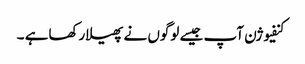
کنفیوژن آپ جیسے لوگوں نے پھیلارکھاہے ۔